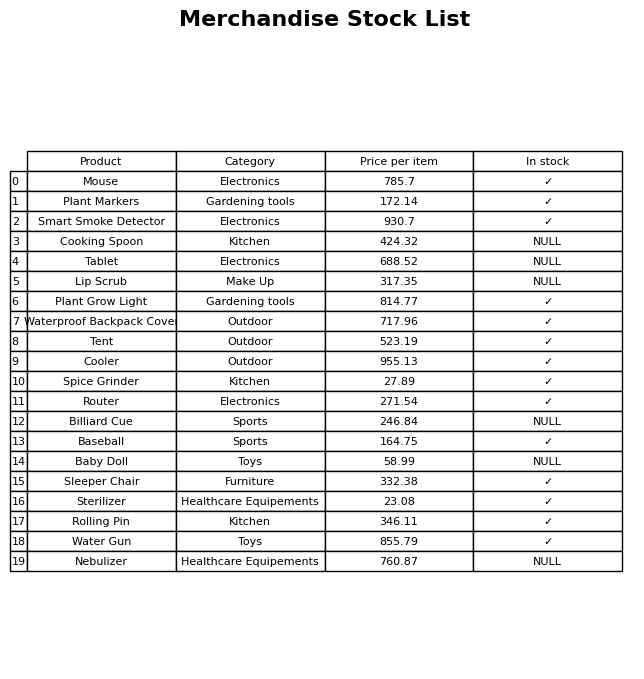
question: What is the stock status of the Smart Smoke Detector?
answer: ✓